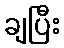
ချပြီး